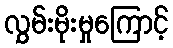
လွှမ်းမိုးမှုကြောင့်